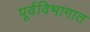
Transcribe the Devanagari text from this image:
पूर्वविभागात